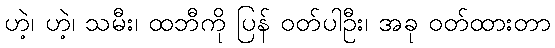
ဟဲ့၊ ဟဲ့၊ သမီး၊ ထဘီကို ပြန် ဝတ်ပါဦး၊ အခု ဝတ်ထားတာ